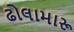
ઢોલામારૂ